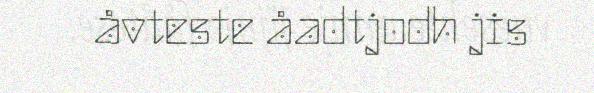
åvteste åadtjodh jis